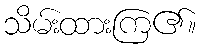
သိမ်းထားကြ၏။